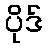
ပိုဒ်